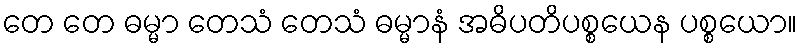
တေ တေ ဓမ္မာ တေသံ တေသံ ဓမ္မာနံ အဓိပတိပစ္စယေန ပစ္စယော။